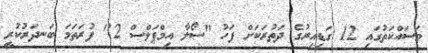
މަސައްކަތުގައި 12 ގަޑިއިރުގެ ދަތުރަކަށް ފަހު "ސޯލާ އިމްޕަލްސް 2" ފުރަތަމަ ބަނދަރުކުރީ